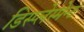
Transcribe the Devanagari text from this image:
डिस्प्लेस्मेन्ट